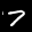
Label: 7